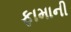
ફામાની